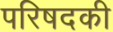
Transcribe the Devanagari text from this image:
परिषदकी